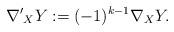
LaTeX: \begin{align*}{\nabla'}_XY:=(-1)^{k-1} \nabla_X Y.\end{align*}